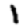
Digit: 1